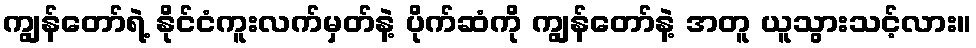
ကျွန်တော်ရဲ့ နိုင်ငံကူးလက်မှတ်နဲ့ ပိုက်ဆံကို ကျွန်တော်နဲ့ အတူ ယူသွားသင့်လား။